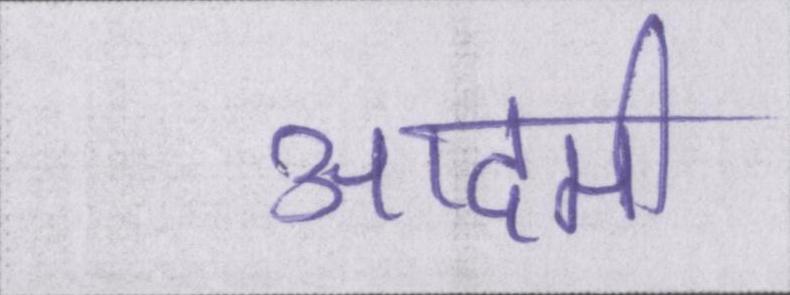
आदमी